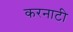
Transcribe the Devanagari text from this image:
करनाटी